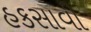
હકસાવી